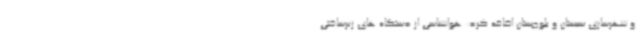
و شهرسازی سیستان و بلوچستان اضافه کرد: هواشناسی از دستگاه های زیرساختی